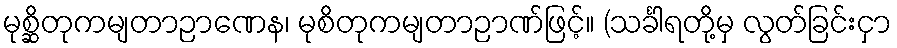
မုစ္ဆိတုကမျတာဉာဏေန၊ မုစိတုကမျတာဉာဏ်ဖြင့်။ (သင်္ခါရတို့မှ လွတ်ခြင်းငှာ